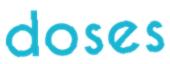
doses